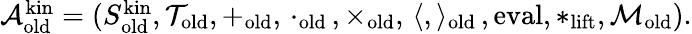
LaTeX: \begin{array}{r}{\mathcal{A}_{\mathrm{old}}^{\mathrm{kin}}=(S_{\mathrm{old}}^{\mathrm{kin}},\mathcal{T}_{\mathrm{old}},+_{\mathrm{old}},\, \cdot_{\mathrm{old}}\, ,\times_{\mathrm{old}},\, \langle,\rangle_{\mathrm{old}}\, ,\mathrm{eval},*_{\mathrm{lift}},\mathcal{M}_{\mathrm{old}}).}\end{array}